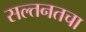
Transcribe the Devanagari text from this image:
सल्तनतचा